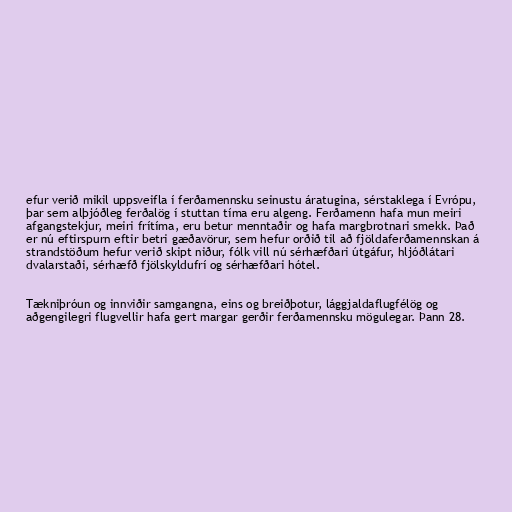
efur verið mikil uppsveifla í ferðamennsku seinustu áratugina, sérstaklega í Evrópu,
þar sem alþjóðleg ferðalög í stuttan tíma eru algeng. Ferðamenn hafa mun meiri
afgangstekjur, meiri frítíma, eru betur menntaðir og hafa margbrotnari smekk. Það
er nú eftirspurn eftir betri gæðavörur, sem hefur orðið til að fjöldaferðamennskan á
strandstöðum hefur verið skipt niður, fólk vill nú sérhæfðari útgáfur, hljóðlátari
dvalarstaði, sérhæfð fjölskyldufrí og sérhæfðari hótel.

Tækniþróun og innviðir samgangna, eins og breiðþotur, lággjaldaflugfélög og
aðgengilegri flugvellir hafa gert margar gerðir ferðamennsku mögulegar. Þann 28.